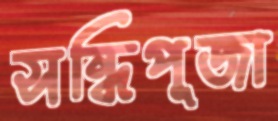
সন্ধিপূজা